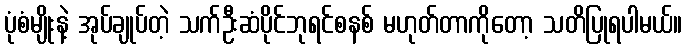
ပုံစံမျိုးနဲ့ အုပ်ချုပ်တဲ့ သက်ဦးဆံပိုင်ဘုရင်စနစ် မဟုတ်တာကိုတော့ သတိပြုရပါမယ်။